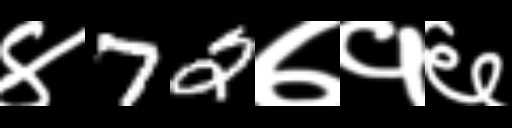
Text: ४72७१६